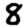
Digit: 8